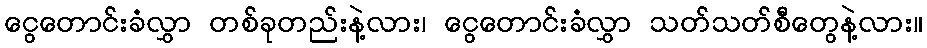
ငွေတောင်းခံလွှာ တစ်ခုတည်းနဲ့လား၊ ငွေတောင်းခံလွှာ သတ်သတ်စီတွေနဲ့လား။